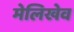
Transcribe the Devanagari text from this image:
मेलिखेव